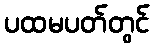
ပထမပတ်တွင်